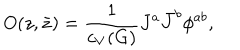
O ( z , \bar { z } ) = { \frac { 1 } { c _ { V } ( G ) } } J ^ { a } \bar { J } ^ { b } \phi ^ { a b } ,